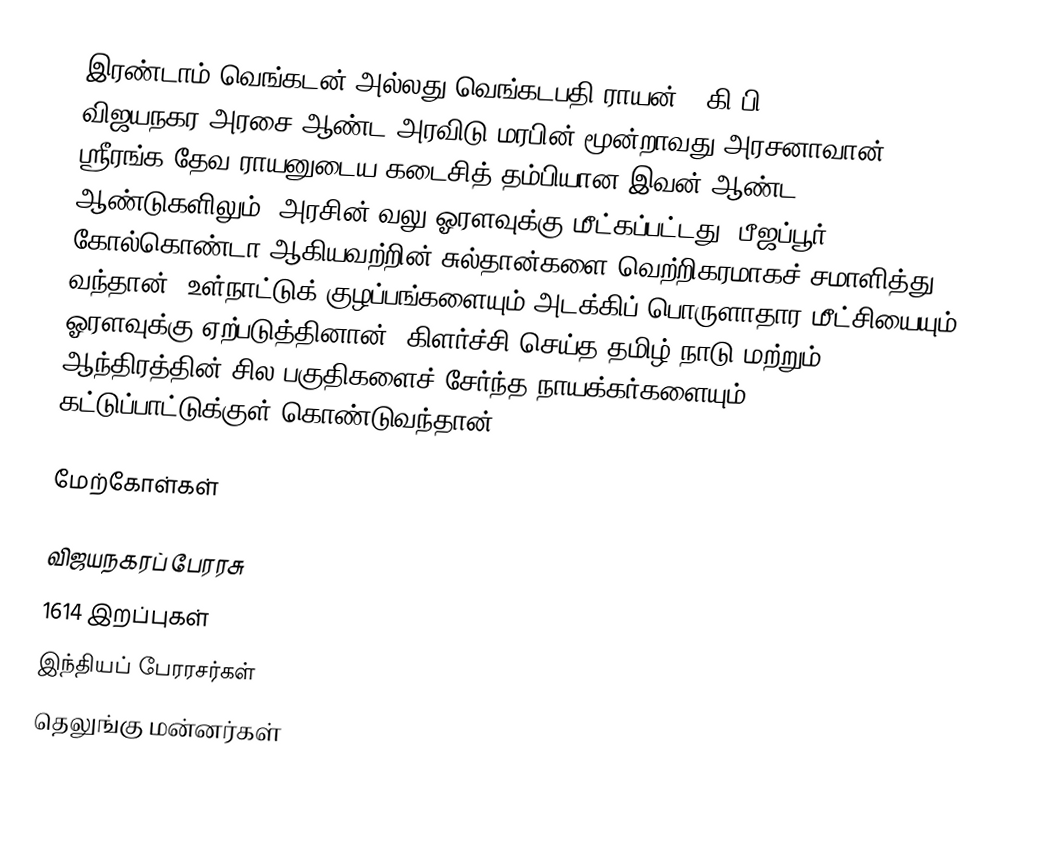
இரண்டாம் வெங்கடன் அல்லது வெங்கடபதி ராயன், (கி.பி. 1586-1614) விஜயநகர அரசை ஆண்ட அரவிடு மரபின் மூன்றாவது அரசனாவான். ஸ்ரீரங்க தேவ ராயனுடைய கடைசித் தம்பியான இவன் ஆண்ட 30 ஆண்டுகளிலும், அரசின் வலு ஓரளவுக்கு மீட்கப்பட்டது. பீஜப்பூர், கோல்கொண்டா ஆகியவற்றின் சுல்தான்களை வெற்றிகரமாகச் சமாளித்து வந்தான். உள்நாட்டுக் குழப்பங்களையும் அடக்கிப் பொருளாதார மீட்சியையும் ஓரளவுக்கு ஏற்படுத்தினான். கிளர்ச்சி செய்த தமிழ் நாடு மற்றும் ஆந்திரத்தின் சில பகுதிகளைச் சேர்ந்த நாயக்கர்களையும் கட்டுப்பாட்டுக்குள் கொண்டுவந்தான்.

மேற்கோள்கள்

விஜயநகரப் பேரரசு
1614 இறப்புகள்
இந்தியப் பேரரசர்கள்
தெலுங்கு மன்னர்கள்